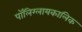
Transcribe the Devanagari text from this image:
पॉलिग्लायकालिक